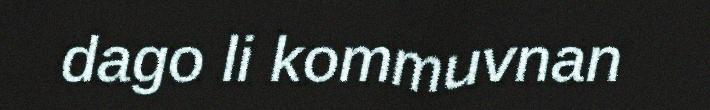
dago li kommuvnan